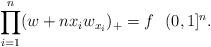
LaTeX: \begin{align*}\prod_{i=1}^n (w + nx_i w_{x_i})_+ = f\ \ (0,1]^n.\end{align*}